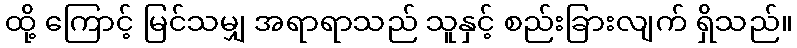
ထို့ ကြောင့် မြင်သမျှ အရာရာသည် သူနှင့် စည်းခြားလျက် ရှိသည်။